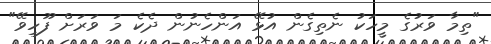
"ތިމާ ވަރުގެ މީހަކު ނެތިގެން އުޅޭ އަންހެނުން ދެކެ މަ ވަރަށް ފޫހިވޭ"